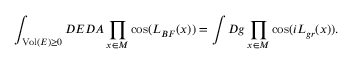
\int _ { \mathrm { V o l } ( E ) \geq 0 } { \cal D } E { \cal D } A \prod _ { x \in \cal M } \cos ( { \cal L } _ { B F } ( x ) ) = \int { \cal D } g \prod _ { x \in \cal M } \cos ( i { \cal L } _ { g r } ( x ) ) .